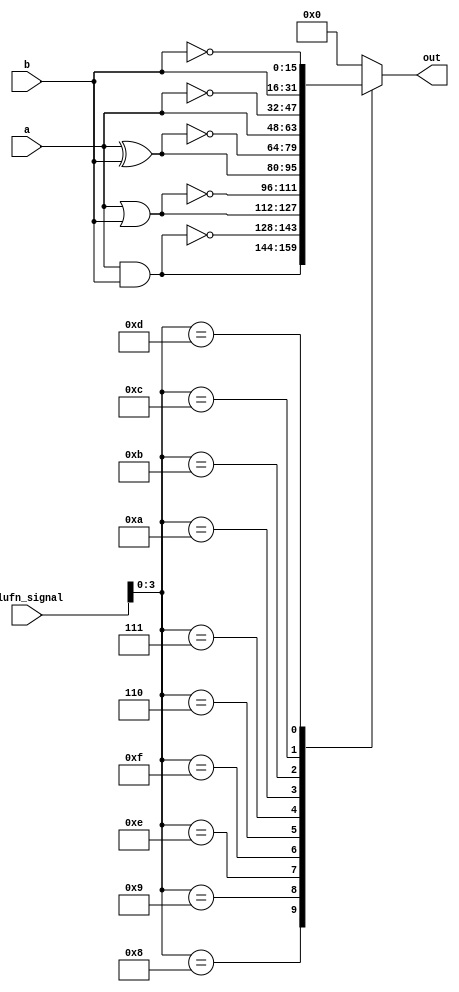
/*
   This file was generated automatically by Alchitry Labs version 1.2.0.
   Do not edit this file directly. Instead edit the original Lucid source.
   This is a temporary file and any changes made to it will be destroyed.
*/

module boolean_9 (
    input [15:0] a,
    input [15:0] b,
    input [5:0] alufn_signal,
    output reg [15:0] out
  );
  
  
  
  always @* begin
    
    case (alufn_signal[0+3-:4])
      4'h8: begin
        out = a & b;
      end
      4'h9: begin
        out = ~(a & b);
      end
      4'he: begin
        out = a | b;
      end
      4'hf: begin
        out = ~(a | b);
      end
      4'h6: begin
        out = a ^ b;
      end
      4'h7: begin
        out = ~(a ^ b);
      end
      4'ha: begin
        out = a;
      end
      4'hb: begin
        out = ~a;
      end
      4'hc: begin
        out = b;
      end
      4'hd: begin
        out = ~b;
      end
      default: begin
        out = 16'h0000;
      end
    endcase
  end
endmodule